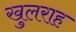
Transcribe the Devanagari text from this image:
खुलराह